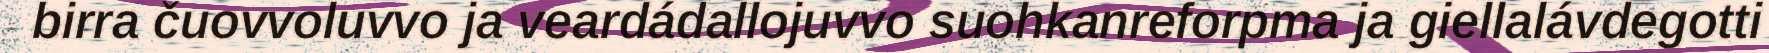
birra čuovvoluvvo ja veardádallojuvvo suohkanreforpma ja giellalávdegotti